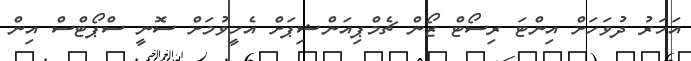
އަހަރު ދުވަހަށް އިންޓަ ރިސޯޓް ޒޯން ޗެމްޕިއަންޝިޕަށް އެހީވުމަށް ސޮނީ ސްޕޯޓްސް އިން